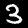
Digit: 3